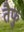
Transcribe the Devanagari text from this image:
तैफु